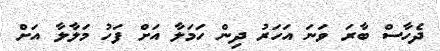
ދެހާސް ބާރަ ވަނަ އަހަރު ދިން ހަމަލާ އަށް ފަހު މަލާލާ އަށް